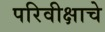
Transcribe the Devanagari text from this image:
परिवीक्षाचे